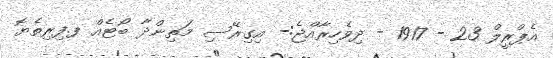
އެޕްރީލް 23 - 1917 - ދިވެހިރާއްޖެ:- އިގިރޭސި މަތިންދާ ބޯޓެއް ފ.ފިރިތެޔޮ